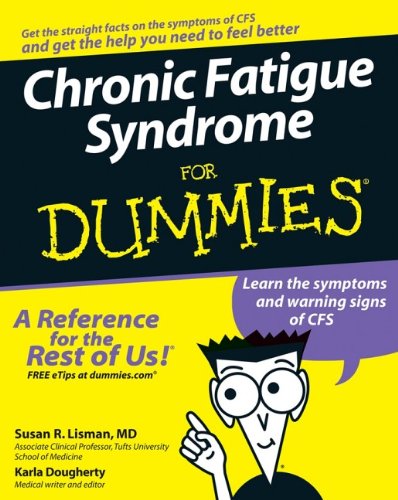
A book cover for Chronic Fatigue Syndrome For Dummies; Susan R. Lisman M.D.; Health, Fitness & Dieting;